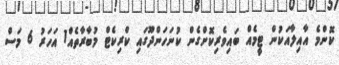
ކޮންމެ އާއިލާއަކުން ޓީމެއް ބައިވެރިކޮށްގެން ކުނަހަންދޫގައި ކްރިކެޓް މުބާރާތެއް1 އަހަރު 6 މަސް